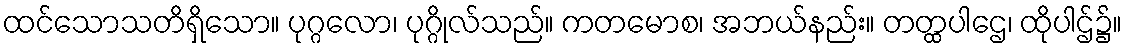
ထင်သောသတိရှိသော။ ပုဂ္ဂလော၊ ပုဂ္ဂိုလ်သည်။ ကတမောစ၊ အဘယ်နည်း။ တတ္ထပါဌေ၊ ထိုပါဌ်၌။